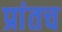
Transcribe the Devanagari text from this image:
प्रांतच